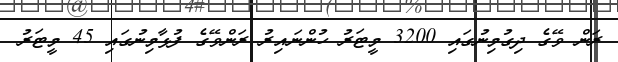
ރަން ވޭގެ ދިގުމިނުގައި 3200 މީޓަރު ހުންނައިރު ރަންވޭގެ ފުޅާމިނުގައި 45 މީޓަރު